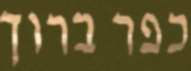
כפר ברוך